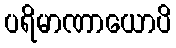
ပရိမာဏာယောပိ